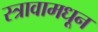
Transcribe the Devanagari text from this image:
स्त्रावामधून